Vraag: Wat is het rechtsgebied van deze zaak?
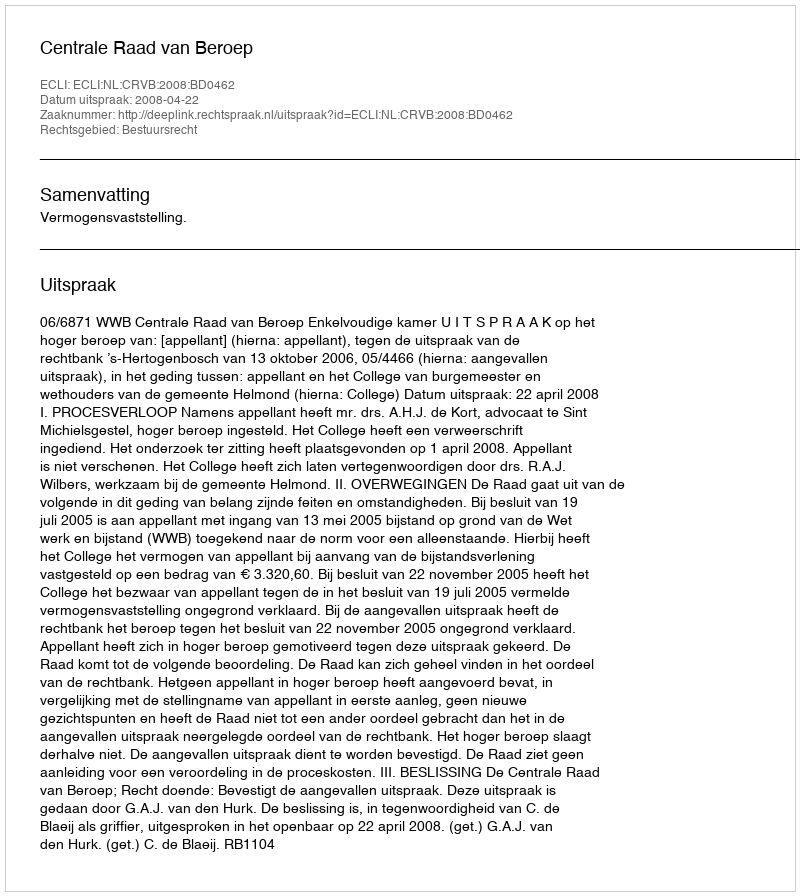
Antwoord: Bestuursrecht